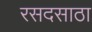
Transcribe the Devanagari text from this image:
रसदसाठा